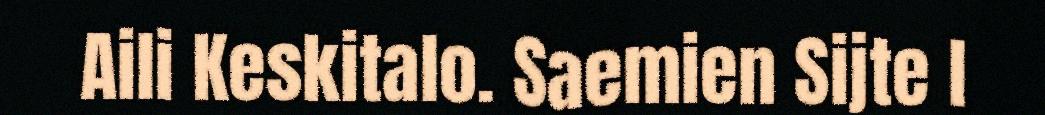
Aili Keskitalo. Saemien Sijte l